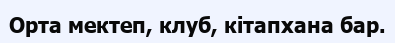
Орта мектеп, клуб, кітапхана бар.